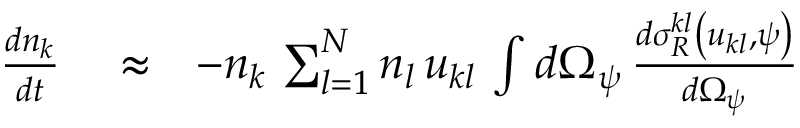
\begin{array} { r l r } { \frac { d n _ { k } } { d t } } & { { } \approx } & { - n _ { k } \, \sum _ { l = 1 } ^ { N } n _ { l } \, u _ { k l } \, \int d \Omega _ { \psi } \, \frac { d \sigma _ { R } ^ { k l } \left( u _ { k l } , \psi \right) } { d \Omega _ { \psi } } } \end{array}